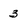
Character: 3